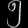
Digit: ၅